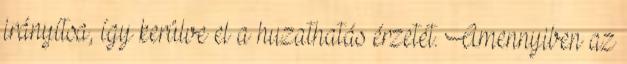
irányítsa, így kerülve el a huzathatás érzetét. Amennyiben az